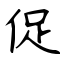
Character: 促